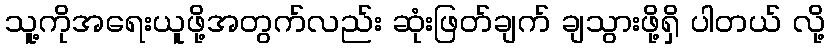
သူ့ကိုအရေးယူဖို့အတွက်လည်း ဆုံးဖြတ်ချက် ချသွားဖို့ရှိ ပါတယ် လို့